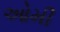
ઓમી